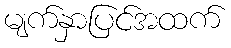
မျက်နှာပြင်အထက်